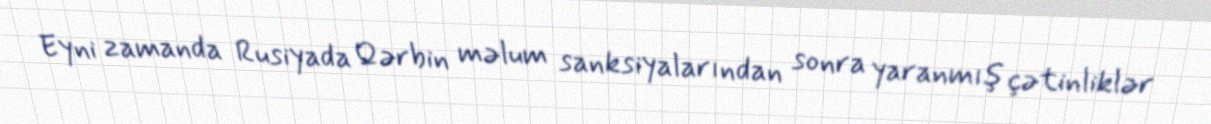
Eyni zamanda Rusiyada Qərbin məlum sanksiyalarından sonra yaranmış çətinliklər